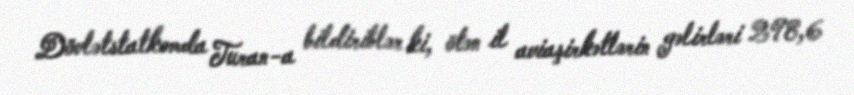
Dövlətstatkomda Turan-a bildiriblər ki, ötən il aviaşirkətlərin gəlirləri 298,6